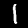
Digit: 1